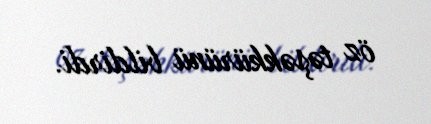
öz təşəkkürünü bildirdi.